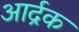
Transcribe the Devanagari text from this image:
आर्द्रक